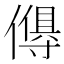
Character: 𬿸